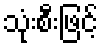
သုံးစီးဖြင့်